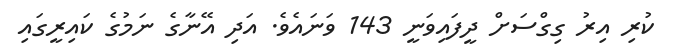
ކުރި އިރު ގިގްސަށް ދީފައިވަނީ 143 ވަނައެވެ. އަދި އޭނާގެ ނަމުގެ ކައިރީގައި